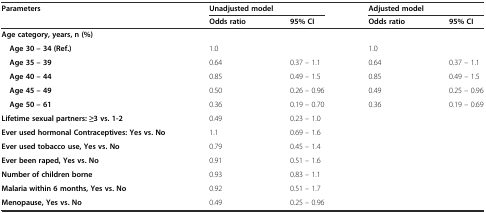
| Parameters | <COLSPAN=2> Unadjusted model | <COLSPAN=2> Adjusted model |
 |  | Odds ratio | 95% CI | Odds ratio | 95% CI |
 | --- | --- | --- | --- | --- |
 | Age category, years, n (%) |  |  |  |  |
 | Age 30 – 34 (Ref.) | 1.0 |  | 1.0 |  |
 | Age 35 – 39 | 0.64 | 0.37 – 1.1 | 0.64 | 0.37 – 1.1 |
 | Age 40 – 44 | 0.85 | 0.49 – 1.5 | 0.85 | 0.49 – 1.5 |
 | Age 45 – 49 | 0.50 | 0.26 – 0.96 | 0.49 | 0.25 – 0.96 |
 | Age 50 – 61 | 0.36 | 0.19 – 0.70 | 0.36 | 0.19 – 0.69 |
 | Lifetime sexual partners: ≥3 vs. 1-2 | 0.49 | 0.23 – 1.0 |  |  |
 | Ever used hormonal Contraceptives: Yes vs. No | 1.1 | 0.69 – 1.6 |  |  |
 | Ever used tobacco use, Yes vs. No | 0.79 | 0.45 – 1.4 |  |  |
 | Ever been raped, Yes vs. No | 0.91 | 0.51 – 1.6 |  |  |
 | Number of children borne | 0.93 | 0.83 – 1.1 |  |  |
 | Malaria within 6 months, Yes vs. No | 0.92 | 0.51 – 1.7 |  |  |
 | Menopause, Yes vs. No | 0.49 | 0.25 – 0.96 |  |  |